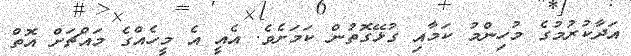
އަދާކުރުމުގެ މުހިންމު ކަމާއި ގުޅޭގޮތުން ކަމަށެވެ. އެއީ އެ މީހެއްގެ މައްޗަށް އޮތް